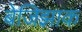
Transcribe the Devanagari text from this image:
बेजिझाक